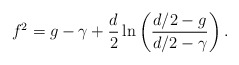
\begin{align*}f^{2}=g-\gamma+\frac{d}{2}\ln\left(\frac{{d}/2-g}{{d}/2-\gamma}\right).\end{align*}